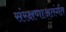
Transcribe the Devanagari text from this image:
संरक्षणाअतंर्गत